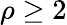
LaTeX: \rho\ge 2